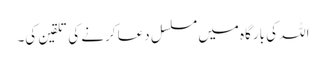
اللہ کی بارگاہ میں مسلسل دعا کرنے کی تلقین کی۔